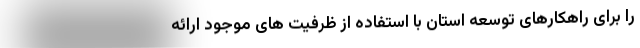
را برای راهکارهای توسعه استان با استفاده از ظرفیت های موجود ارائه